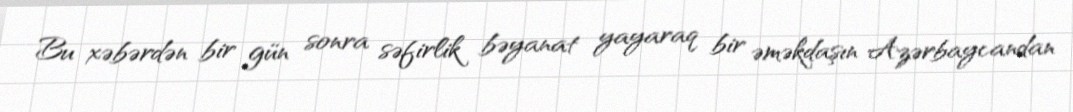
Bu xəbərdən bir gün sonra səfirlik bəyanat yayaraq bir əməkdaşın Azərbaycandan